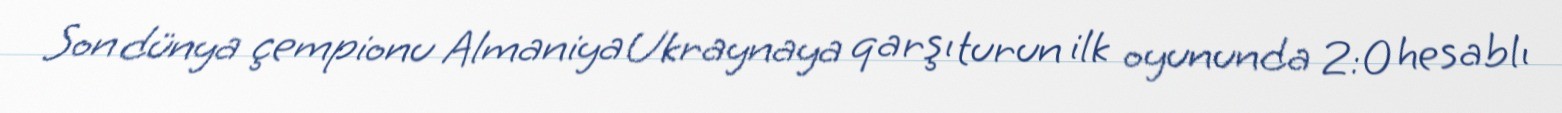
Son dünya çempionu Almaniya Ukraynaya qarşı turun ilk oyununda 2:0 hesablı